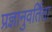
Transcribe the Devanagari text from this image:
प्रज्ञानुवर्तिता